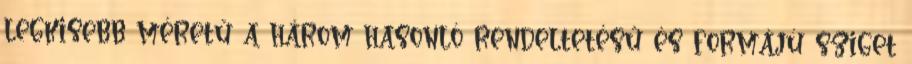
legkisebb méretű a három hasonló rendeltetésű és formájú sziget